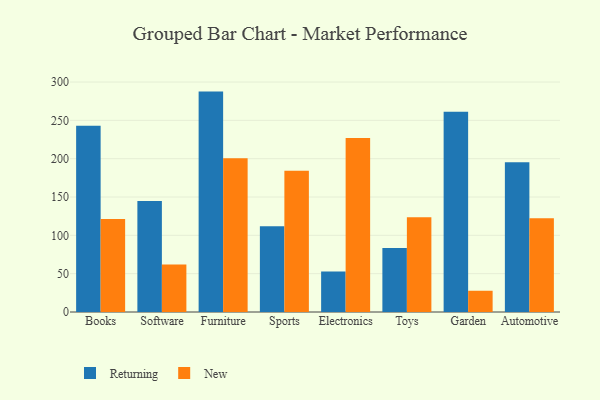
{"axis": {"x": "Category", "y": "Net Income (USD K)"}, "legend": ["New", "Returning"], "data": [{"x": "Books", "y": 243.0, "type": "Returning"}, {"x": "Books", "y": 121.2, "type": "New"}, {"x": "Software", "y": 144.9, "type": "Returning"}, {"x": "Software", "y": 62.0, "type": "New"}, {"x": "Furniture", "y": 287.5, "type": "Returning"}, {"x": "Furniture", "y": 200.6, "type": "New"}, {"x": "Sports", "y": 111.7, "type": "Returning"}, {"x": "Sports", "y": 184.2, "type": "New"}, {"x": "Electronics", "y": 52.9, "type": "Returning"}, {"x": "Electronics", "y": 227.0, "type": "New"}, {"x": "Toys", "y": 83.6, "type": "Returning"}, {"x": "Toys", "y": 123.7, "type": "New"}, {"x": "Garden", "y": 261.2, "type": "Returning"}, {"x": "Garden", "y": 27.7, "type": "New"}, {"x": "Automotive", "y": 195.2, "type": "Returning"}, {"x": "Automotive", "y": 122.4, "type": "New"}]}